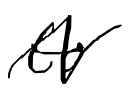
Text: to
Cross-out: zig-zag
Writing tool: digital_black